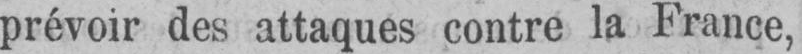
prévoir des attaques contre la France,